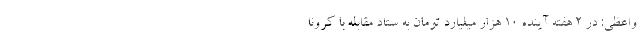
واعظی: در 2 هفته آینده 10 هزار میلیارد تومان به ستاد مقابله با کرونا